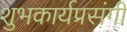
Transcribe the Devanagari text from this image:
शुभकार्यप्रसंगी